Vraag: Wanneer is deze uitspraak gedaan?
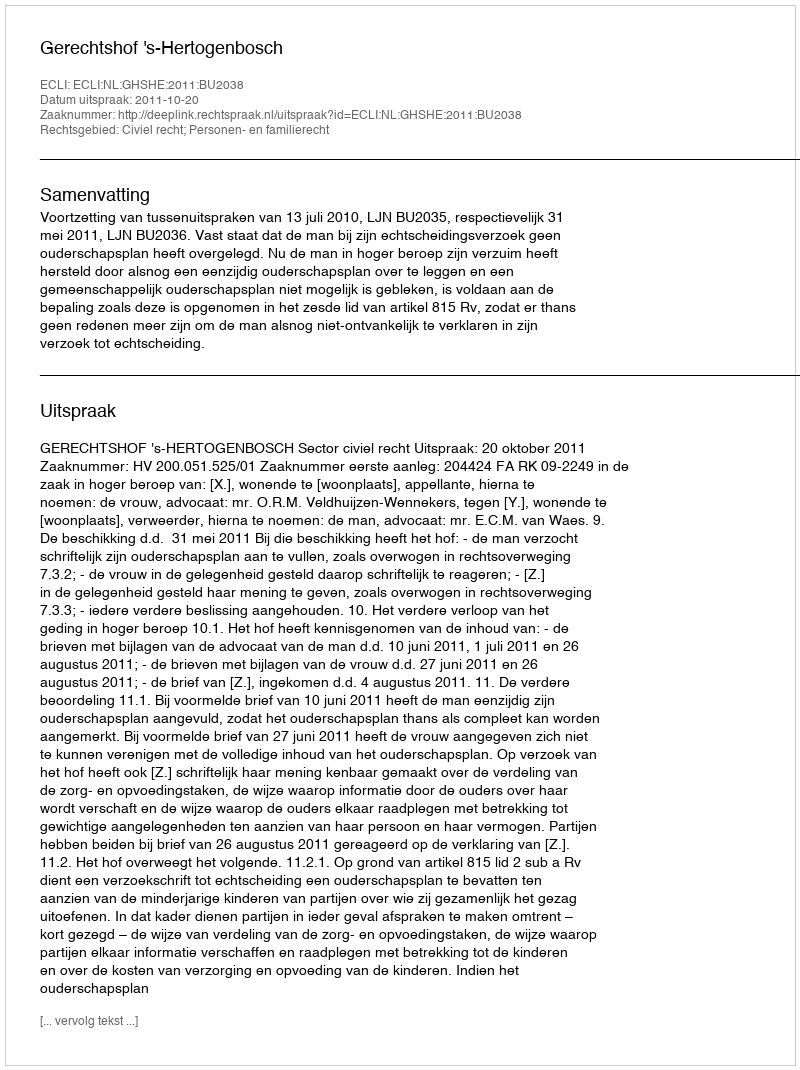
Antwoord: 2011-10-20